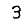
Digit: 3